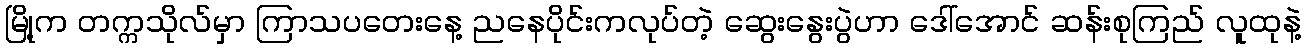
မြို့က တက္ကသိုလ်မှာ ကြာသပတေးနေ့ ညနေပိုင်းကလုပ်တဲ့ ဆွေးနွေးပွဲဟာ ဒေါ်အောင် ဆန်းစုကြည် လူထုနဲ့